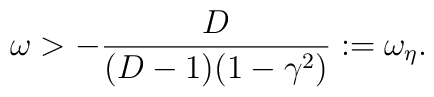
\omega > -\frac{D}{(D-1)(1-\gamma^2)}  := \omega_{\eta}  .